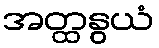
အတ္ထနွယံ